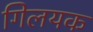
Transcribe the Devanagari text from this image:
गिलयक